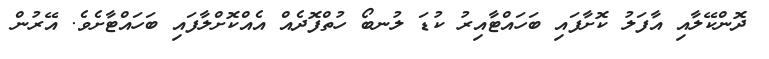
ދޮންކޭލާއި އާފަލު ކޮށާފައި ބަހައްޓާއިރު ކުޑަ ލުނބޯ ހުތްފޮދެއް އެއްކޮށްލާފައި ބަހައްޓާށެވެ. އޭރުން